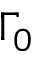
\Gamma _ { 0 }